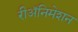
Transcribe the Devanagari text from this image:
रीअॅनिमेशन